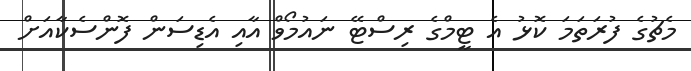
މެޗުގެ ފުރަތަމަ ކޮޅު އެ ޓީމްގެ ރިސްޓޭ ނައުމޯވް އާއި އެޑިސަން ފޮންސެކާއަށް